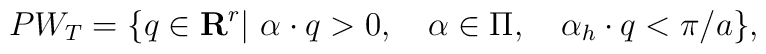
PW_T=\{q\in{\bf R}^r|\ \alpha\cdot q>0,\quad \alpha\in\Pi,   \quad \alpha_h\cdot q<\pi/a\},